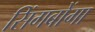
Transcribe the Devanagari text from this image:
सिंगबोंगा